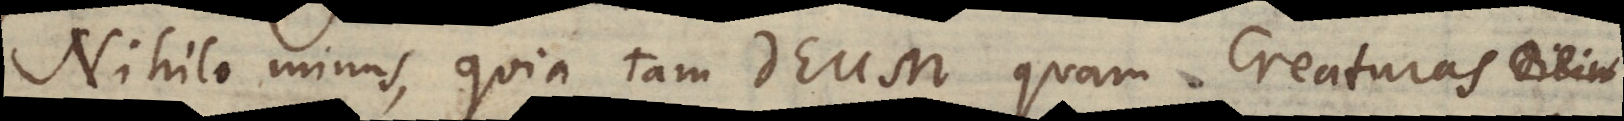
Nihilominus, quia tam Deum quam Creaturas